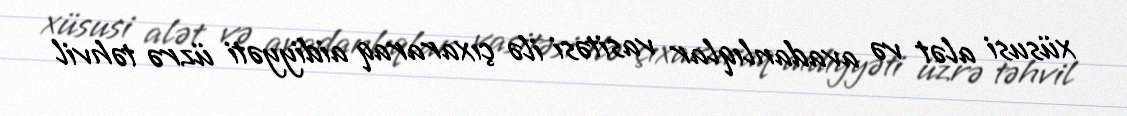
xüsusi alət və avadanlıqlar vasitəsi ilə çıxararaq aidiyyəti üzrə təhvil